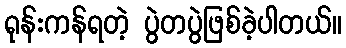
ရုန်းကန်ရတဲ့ ပွဲတပွဲဖြစ်ခဲ့ပါတယ်။